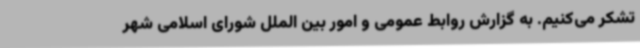
تشکر می‌کنیم. به گزارش روابط عمومی و امور بین الملل شورای اسلامی شهر